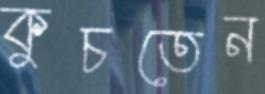
কুচতেন